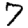
Digit: 7